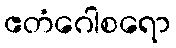
ဧတံဂေါစရော